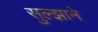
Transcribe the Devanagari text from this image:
सुल्झाने